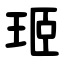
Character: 㺿